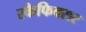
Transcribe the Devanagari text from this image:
स्कैफिक्सर